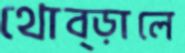
থোব্‌ড়ালে